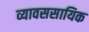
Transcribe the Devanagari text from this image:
व्यावससायिक